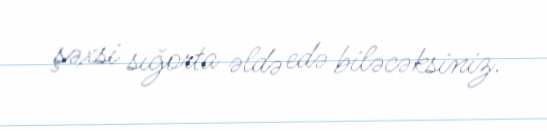
şəxsi sığorta əldə edə biləcəksiniz.